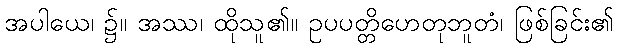
အပါယေ၊ ၌။ အဿ၊ ထိုသူ၏။ ဥပပတ္တိဟေတုဘူတံ၊ ဖြစ်ခြင်း၏